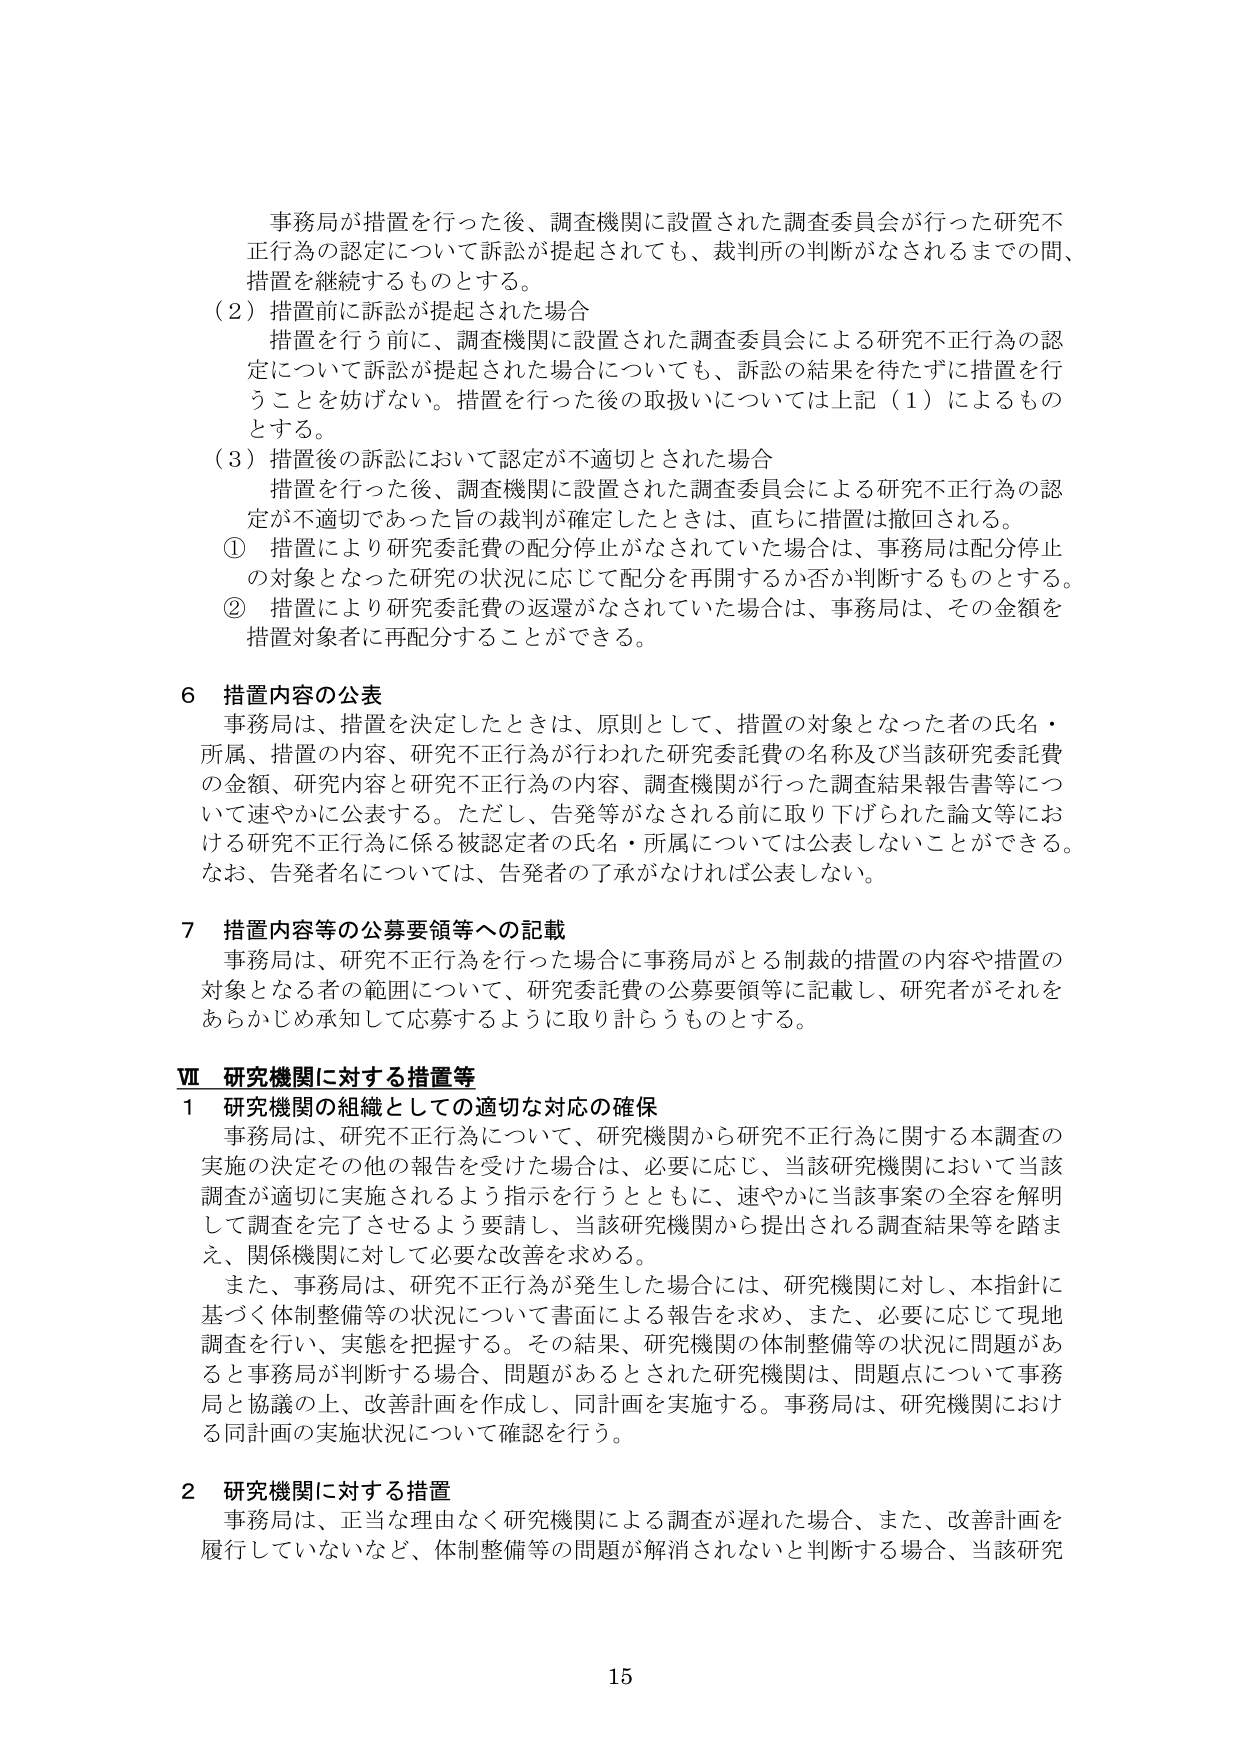
事務局が措置を行った後、調査機関に設置された調査委員会が行った研究不正行為の認定について訴訟が提起されても、裁判所の判断がなされるまでの間、措置を継続するものとする。

（2）措置前に訴訟が提起された場合
措置を行う前に、調査機関に設置された調査委員会による研究不正行為の認定について訴訟が提起された場合についても、訴訟の結果を待たずに措置を行うことを妨げない。措置を行った後の取扱いについては上記（1）によるものとする。

（3）措置後の訴訟において認定が不適切とされた場合
措置を行った後、調査機関に設置された調査委員会による研究不正行為の認定が不適切であった旨の裁判が確定したときは、直ちに措置は撤回される。
① 措置により研究委託費の配分停止がなされていた場合は、事務局は配分停止の対象となった研究の状況に応じて配分を再開するか否か判断するものとする。
② 措置により研究委託費の返還がなされていた場合は、事務局は、その金額を措置対象者に再配分することができる。

6 措置内容の公表
事務局は、措置を決定したときは、原則として、措置の対象となった者の氏名・所属、措置の内容、研究不正行為が行われた研究委託費の名称及び当該研究委託費の金額、研究内容と研究不正行為の内容、調査機関が行った調査結果報告書等について速やかに公表する。ただし、告発等がなされる前に取り下げられた論文等における研究不正行為に係る被認定者の氏名・所属については公表しないことができる。なお、告発者名については、告発者の了承がなければ公表しない。

7 措置内容等の公募要領等への記載
事務局は、研究不正行為を行った場合に事務局がとる制的措置の内容や措置の対象となる者の範囲について、研究委託費の公募要領等に記載し、研究者がそれをあらかじめ承知して応募するように取り計らうものとする。

Ⅷ 研究機関に対する措置等
1 研究機関の組織としての適切な対応の確保
事務局は、研究不正行為について、研究機関から研究不正行為に関する本調査の実施の決定その他の報告を受けた場合は、必要に応じ、当該研究機関において当該調査が適切に実施されるよう指示を行うとともに、速やかに当該事案の全容を解明して調査を完了させるよう要請し、当該研究機関から提出される調査結果等を踏まえ、関係機関に対して必要な改善を求める。
また、事務局は、研究不正行為が発生した場合には、研究機関に対し、本指針に基づく体制整備等の状況について書面による報告を求め、また、必要に応じて現地調査を行い、実態を把握する。その結果、研究機関の体制整備等の状況に問題があると事務局が判断する場合、問題があるとされた研究機関は、問題点について事務局と協議の上、改善計画を作成し、同計画を実施する。事務局は、研究機関における同計画の実施状況について確認を行う。

2 研究機関に対する措置
事務局は、正当な理由なく研究機関による調査が遅れた場合、また、改善計画を履行していないなど、体制整備等の問題が解消されないと判断する場合、当該研究

15